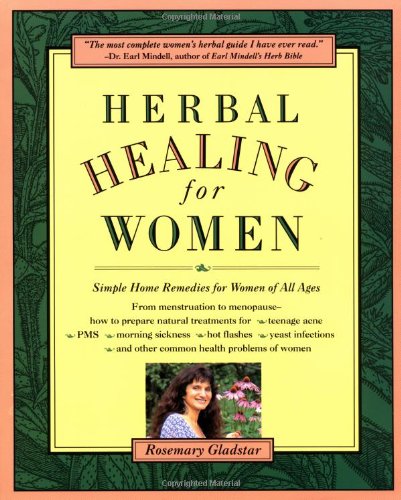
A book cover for Herbal Healing for Women; Rosemary Gladstar; Health, Fitness & Dieting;